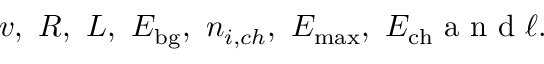
v , \ R , \ L , \ E _ { \mathrm { b g } } , \ n _ { i , c h } , \ E _ { \mathrm { m a x } } , \ E _ { \mathrm { c h } } \mathrm { ~ a ~ n ~ d ~ } \ell .